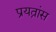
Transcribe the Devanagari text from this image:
प्रयत्नांस